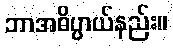
ဘာအဓိပ္ပာယ်နည်း။